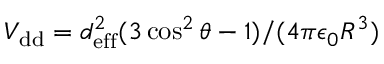
V _ { \mathrm { d d } } = d _ { \mathrm { e f f } } ^ { 2 } ( 3 \cos ^ { 2 } \theta - 1 ) / ( 4 \pi \epsilon _ { 0 } R ^ { 3 } )